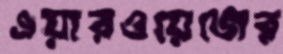
এয়ারওয়েজের